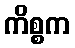
ကိစ္စက